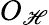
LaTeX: O_{\mathscr{H}}